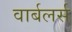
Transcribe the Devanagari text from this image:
वार्बलर्स